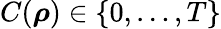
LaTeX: C(\boldsymbol{\rho})\in\{ 0,\ldots,T\}